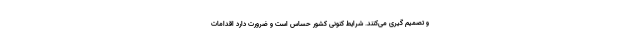
و تصمیم گیری می‌کنند. شرایط کنونی کشور حساس است و ضرورت دارد اقدامات